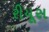
રીયૂસ